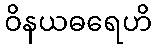
ဝိနယဓရေဟိ